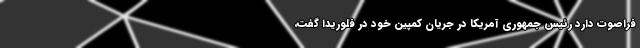
فراصوت دارد رئیس جمهوری آمریکا در جریان کمپین خود در فلوریدا گفت،